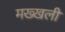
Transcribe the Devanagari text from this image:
मख्खली